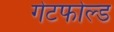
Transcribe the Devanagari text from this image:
गेटफोल्ड